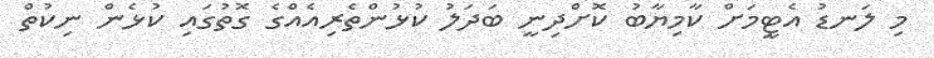
މި ލަނޑު އެޓީމަށް ކާމިޔާބު ކޮށްދިނީ ބަދަލު ކުޅުންތެރިއެއްގެ ގޮތުގައި ކުޅެން ނިކުތް